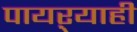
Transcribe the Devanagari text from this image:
पायऱ्याही